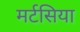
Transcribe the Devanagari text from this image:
मर्टसिया